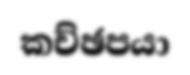
කච්ඡපයා